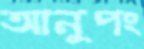
আনুপং